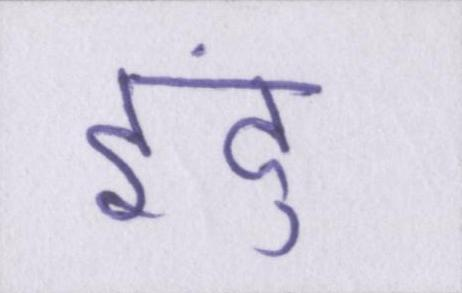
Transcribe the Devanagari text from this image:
इंदु